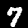
Digit: 7